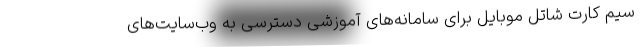
سیم کارت شاتل موبایل برای سامانه‌های آموزشی دسترسی به وب‌سایت‌های